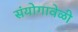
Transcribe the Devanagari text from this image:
संयोगावेळी